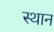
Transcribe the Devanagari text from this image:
स्‍थान